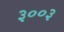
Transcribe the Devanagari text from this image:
३००३